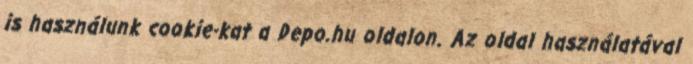
is használunk cookie-kat a Depo.hu oldalon. Az oldal használatával